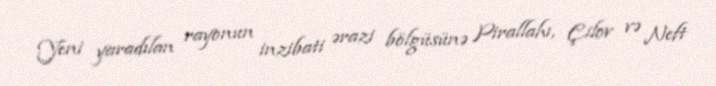
Yeni yaradılan rayonun inzibati ərazi bölgüsünə Pirallahı, Çilov və Neft